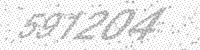
Solution: 591204